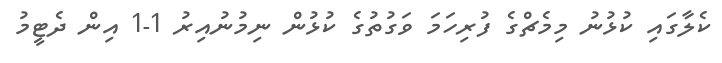
ކެލާގައި ކުޅުނު މިމެޗްގެ ފުރިހަމަ ވަގުތުގެ ކުޅުން ނިމުނުއިރު 1-1 އިން ދެޓީމު